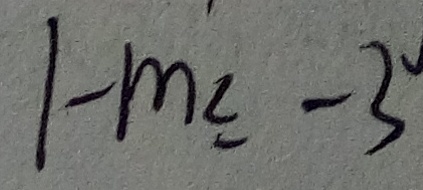
1 - m \leq - 3